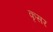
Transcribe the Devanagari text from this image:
कृसर